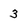
Character: 3